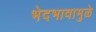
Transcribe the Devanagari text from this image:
भेदभावामुळे